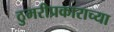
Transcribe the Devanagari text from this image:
ठुमरीप्रकाराच्या